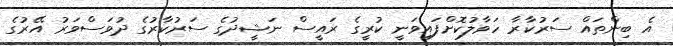
އެ ބިންތައް ސަރުކާރާ ހަވާލުކޮށްފައިވަނީ ކުރީގެ ރައީސް ނަޝީދުގެ ސަރުކާރުގެ ދުވަސްވަރު އޭރުގެ